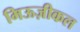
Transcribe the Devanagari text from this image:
मिऊज़ीकल